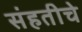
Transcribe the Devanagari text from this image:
संहतीचे